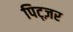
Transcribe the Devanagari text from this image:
पिट्ज़र